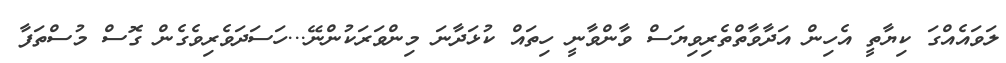
ލަވައެއްގަ ކިޔާތީ އެހިން އަދާވާތްތެރިވިޔަސް ވާންވާނީ ހިތައް ކުޅަދާނަ މިންވަރަކުންނޭ...ހަސަދަވެރިވެގެން ގޮސް މުސްތަފާ